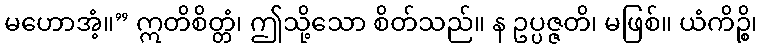
မဟောအံ့။” ဣတိစိတ္တံ၊ ဤသို့သော စိတ်သည်။ န ဥပ္ပဇ္ဇတိ၊ မဖြစ်။ ယံကိဉ္စိ၊